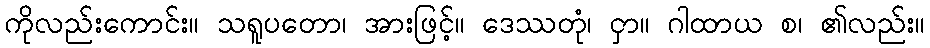
ကိုလည်းကောင်း။ သရူပတော၊ အားဖြင့်။ ဒေဿတုံ၊ ငှာ။ ဂါထာယ စ၊ ၏လည်း။